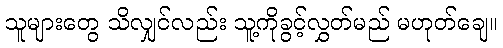
သူများတွေ သိလျှင်လည်း သူ့ကိုခွင့်လွှတ်မည် မဟုတ်ချေ။